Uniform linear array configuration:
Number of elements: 24
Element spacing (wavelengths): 1
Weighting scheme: uniform
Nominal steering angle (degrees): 45
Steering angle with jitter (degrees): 44.831
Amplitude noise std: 0.05
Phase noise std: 0.05

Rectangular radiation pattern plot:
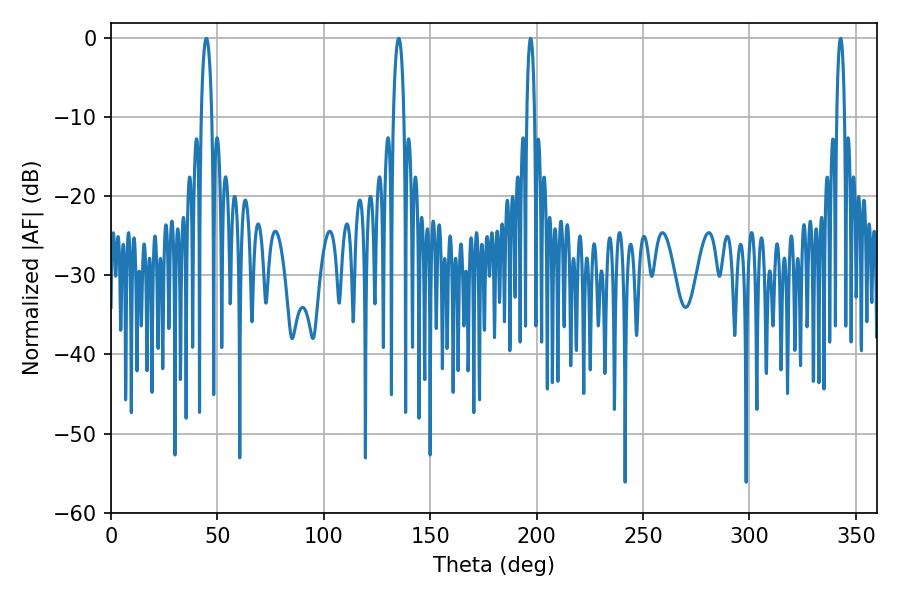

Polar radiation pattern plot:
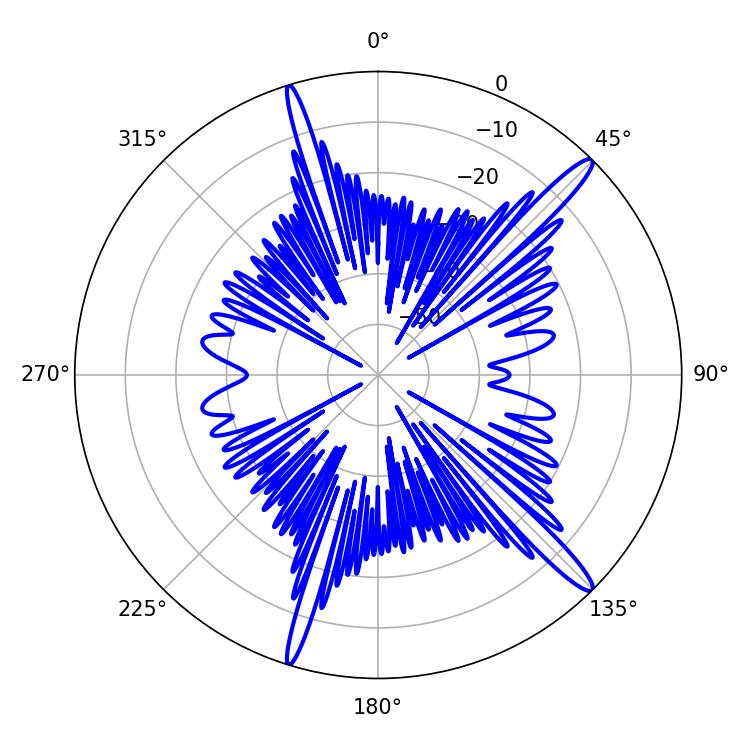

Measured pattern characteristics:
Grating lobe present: TRUE
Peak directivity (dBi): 15.538
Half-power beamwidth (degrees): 2.88
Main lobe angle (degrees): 135.18